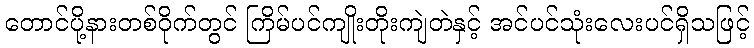
တောင်ပို့နားတစ်ဝိုက်တွင် ကြိမ်ပင်ကျိုးတိုးကျဲတဲနှင့် အင်ပင်သုံးလေးပင်ရှိသဖြင့်